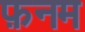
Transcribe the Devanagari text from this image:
फ़नम